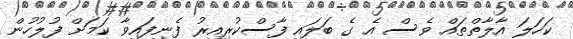
ކަހަލަ އާލާތްތައް ވެސް އެ ގެ ބަލައި ފާސްކުރިއިރު ފެނިފައިވާ ކަމަށް ފުލުހުން